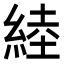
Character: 𦁪